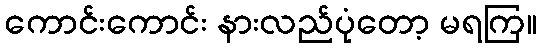
ကောင်းကောင်း နားလည်ပုံတော့ မရကြ။